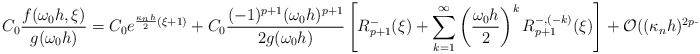
\begin{align*}C_0\frac{f(\omega_0 h,\xi)}{g(\omega_0 h)} = C_0 e^{\frac{\kappa_n h}{2}(\xi+1)} + C_0\frac{(-1)^{p+1} (\omega_0 h)^{p+1}}{2g(\omega_0 h)} \left[ R^-_{p+1}(\xi) + \sum_{k=1}^\infty \left(\frac{\omega_0 h}{2}\right)^k R^{-,(-k)}_{p+1}(\xi) \right]+ \mathcal{O}((\kappa_n h)^{2p+2}).\end{align*}